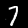
Label: 7